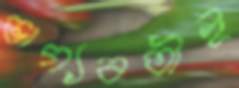
ভাগ্যবতীই